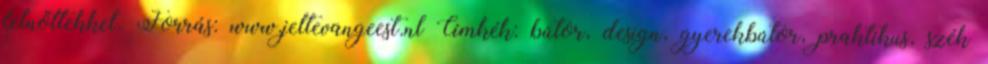
felnőttekkel. Forrás: www.jeltevangeest.nl Címkék: bútor, design, gyerekbútor, praktikus, szék